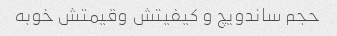
حجم ساندویچ و کیفیتش وقیمتش خوبه